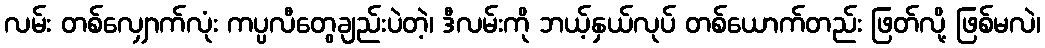
လမ်း တစ်လျှောက်လုံး ကပ္ပလီတွေချည်းပဲတဲ့၊ ဒီလမ်းကို ဘယ့်နှယ်လုပ် တစ်ယောက်တည်း ဖြတ်လို့ ဖြစ်မလဲ၊